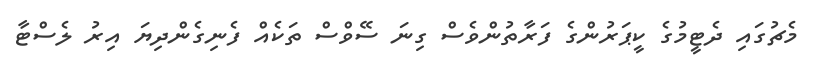
މެޗުގައި ދެޓީމުގެ ކީޕަރުންގެ ފަރާތުންވެސް ގިނަ ސޭވްސް ތަކެއް ފެނިގެންދިޔަ އިރު ލެސްޓާ